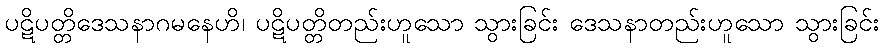
ပဋိပတ္တိဒေသနာဂမနေဟိ၊ ပဋိပတ္တိတည်းဟူသော သွားခြင်း ဒေသနာတည်းဟူသော သွားခြင်း